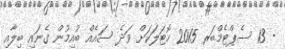
- 13 ސެޕްޓެމްބަރ 2015 ހޮޓަލަކަށް ވަދެ ސައެއް ބުއިމުން ގެނައި ބިލާއި